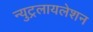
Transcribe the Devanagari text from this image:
न्युट्रलायलेशन